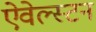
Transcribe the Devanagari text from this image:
ऐवेल्स्टन